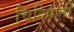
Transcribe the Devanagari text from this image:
चिदिपानी